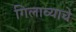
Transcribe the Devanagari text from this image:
गिलाव्याचे